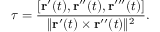
\tau = { \frac { [ \mathbf { r } ^ { \prime } ( t ) , \mathbf { r } ^ { \prime \prime } ( t ) , \mathbf { r } ^ { \prime \prime \prime } ( t ) ] } { \| \mathbf { r } ^ { \prime } ( t ) \times \mathbf { r } ^ { \prime \prime } ( t ) \| ^ { 2 } } } .